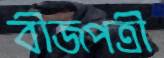
বীজপত্রী